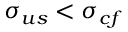
\sigma _ { u s } < \sigma _ { c f }